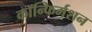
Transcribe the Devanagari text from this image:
कॉन्फिर्मशन